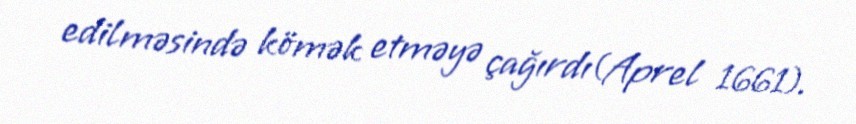
edilməsində kömək etməyə çağırdı(Aprel 1661).